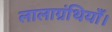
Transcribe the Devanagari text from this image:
लालाग्रंथियाँ।